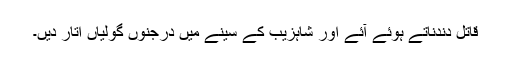
قاتل دندناتے ہوئے آئے اور شاہزیب کے سینے میں درجنوں گولیاں اتار دیں۔